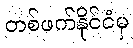
တစ်ဖက်နိုင်ငံမှ